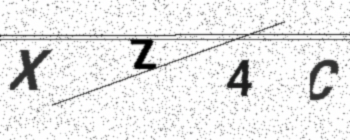
Text: XZ4C